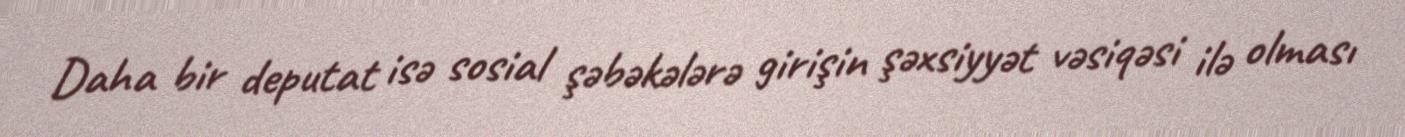
Daha bir deputat isə sosial şəbəkələrə girişin şəxsiyyət vəsiqəsi ilə olması